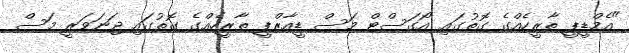
"އެމްޑީޕީ ތާރީހެއްގެ ގޮތުގައި އޯގަސްޓް މަސް ޑީއާރްޕީ ތާރީހެއްގެ ގޮތުގައި ޖަނަވަރީ މަސް